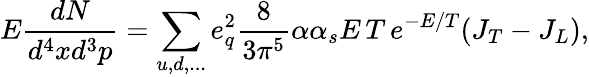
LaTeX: E\frac{dN}{d^{4}xd^{3}p}=\sum_{u,d,...}e_{q}^{2}\frac{8}{3\pi^{5}}\alpha\alpha_{s}E\, T\, e^{-E/T}(J_{T}-J_{L}),